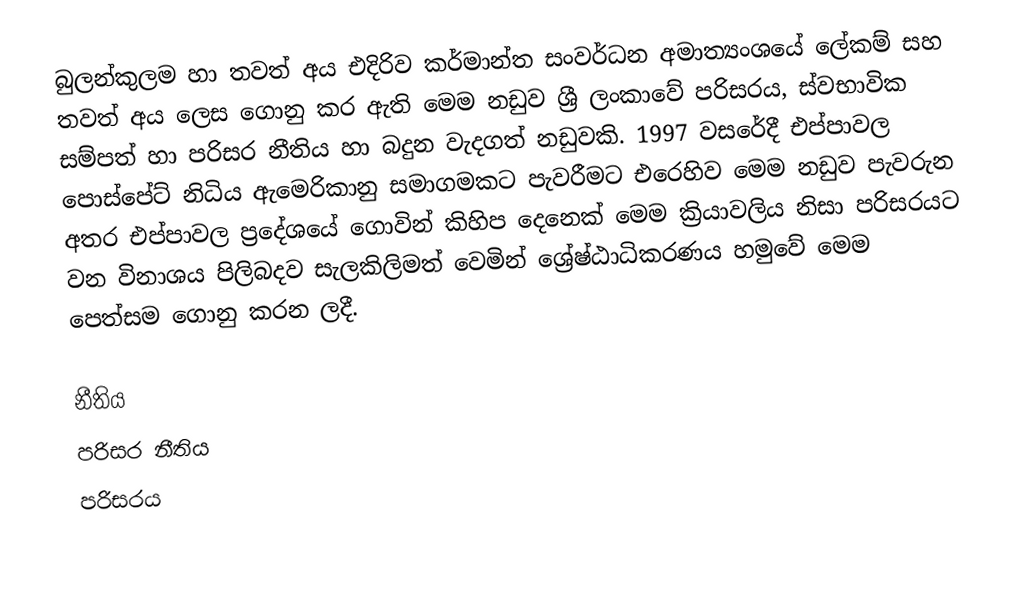
බුලන්කුලම හා තවත් අය එදිරිව කර්මාන්ත සංවර්ධන අමාත්‍යංශයේ ලේකම් සහ තවත් අය ලෙස ගොනු කර ඇති මෙම නඩුව ශ්‍රී ලංකාවේ පරිසරය, ස්වභාවික සම්පත් හා පරිසර නීතිය හා බදුන වැදගත් නඩුවකි.  1997 වසරේදී එප්පාවල පොස්පේට් නිධිය ඇමෙරිකානු සමාගමකට පැවරීමට එරෙහිව මෙම නඩුව පැවරුන අතර එප්පාවල ප්‍රදේශයේ ගොවින් කිහිප දෙනෙක් මෙම ක්‍රියාවලිය නිසා පරිසරයට වන විනාශය පිලිබදව සැලකිලිමත් වෙමින් ශ්‍රේෂ්ඨාධිකරණය හමුවේ මෙම පෙත්සම ගොනු කරන ලදී.

නීතිය
පරිසර නීතිය
පරිසරය